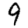
Digit: 9